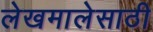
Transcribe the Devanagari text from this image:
लेखमालेसाठी